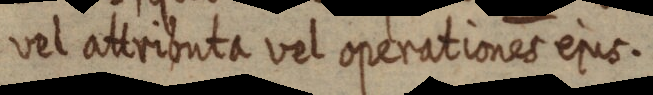
vel attributa vel operationes ejus.